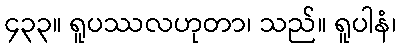
၄၃၃။ ရူပဿလဟုတာ၊ သည်။ ရူပါနံ၊